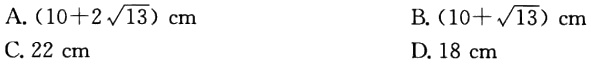
A. \((10 + 2\sqrt{13})\text{ cm}\)

B. \((10+\sqrt{13})\text{ cm}\)

C. \(22\text{ cm}\)

D. \(18\text{ cm}\)